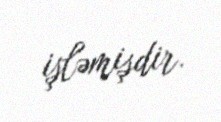
işləmişdir.